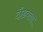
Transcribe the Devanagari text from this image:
दौडवला